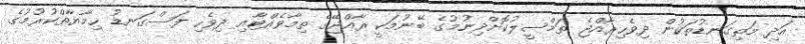
އަދި މަތިގަނޑުތަކުން ދިވެހިރާއްޖެ ތަމްސީލުކޮށްދިނުމުގެ ބޭނުމަކީ ރާއްޖޭގެ ތިމާވެއްޓާއި ދިވެހި ފަސްގަނޑު ހިމާޔާތްކުރުމުގެ